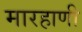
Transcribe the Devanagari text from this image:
मारहाणी